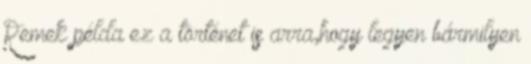
Remek példa ez a történet is arra,hogy legyen bármilyen